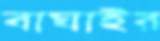
বাঘাইর